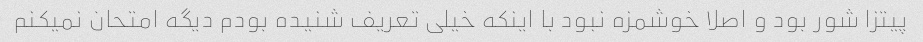
پیتزا شور بود و اصلا خوشمزه نبود با اینکه خیلی تعریف شنیده بودم دیگه امتحان نمیکنم